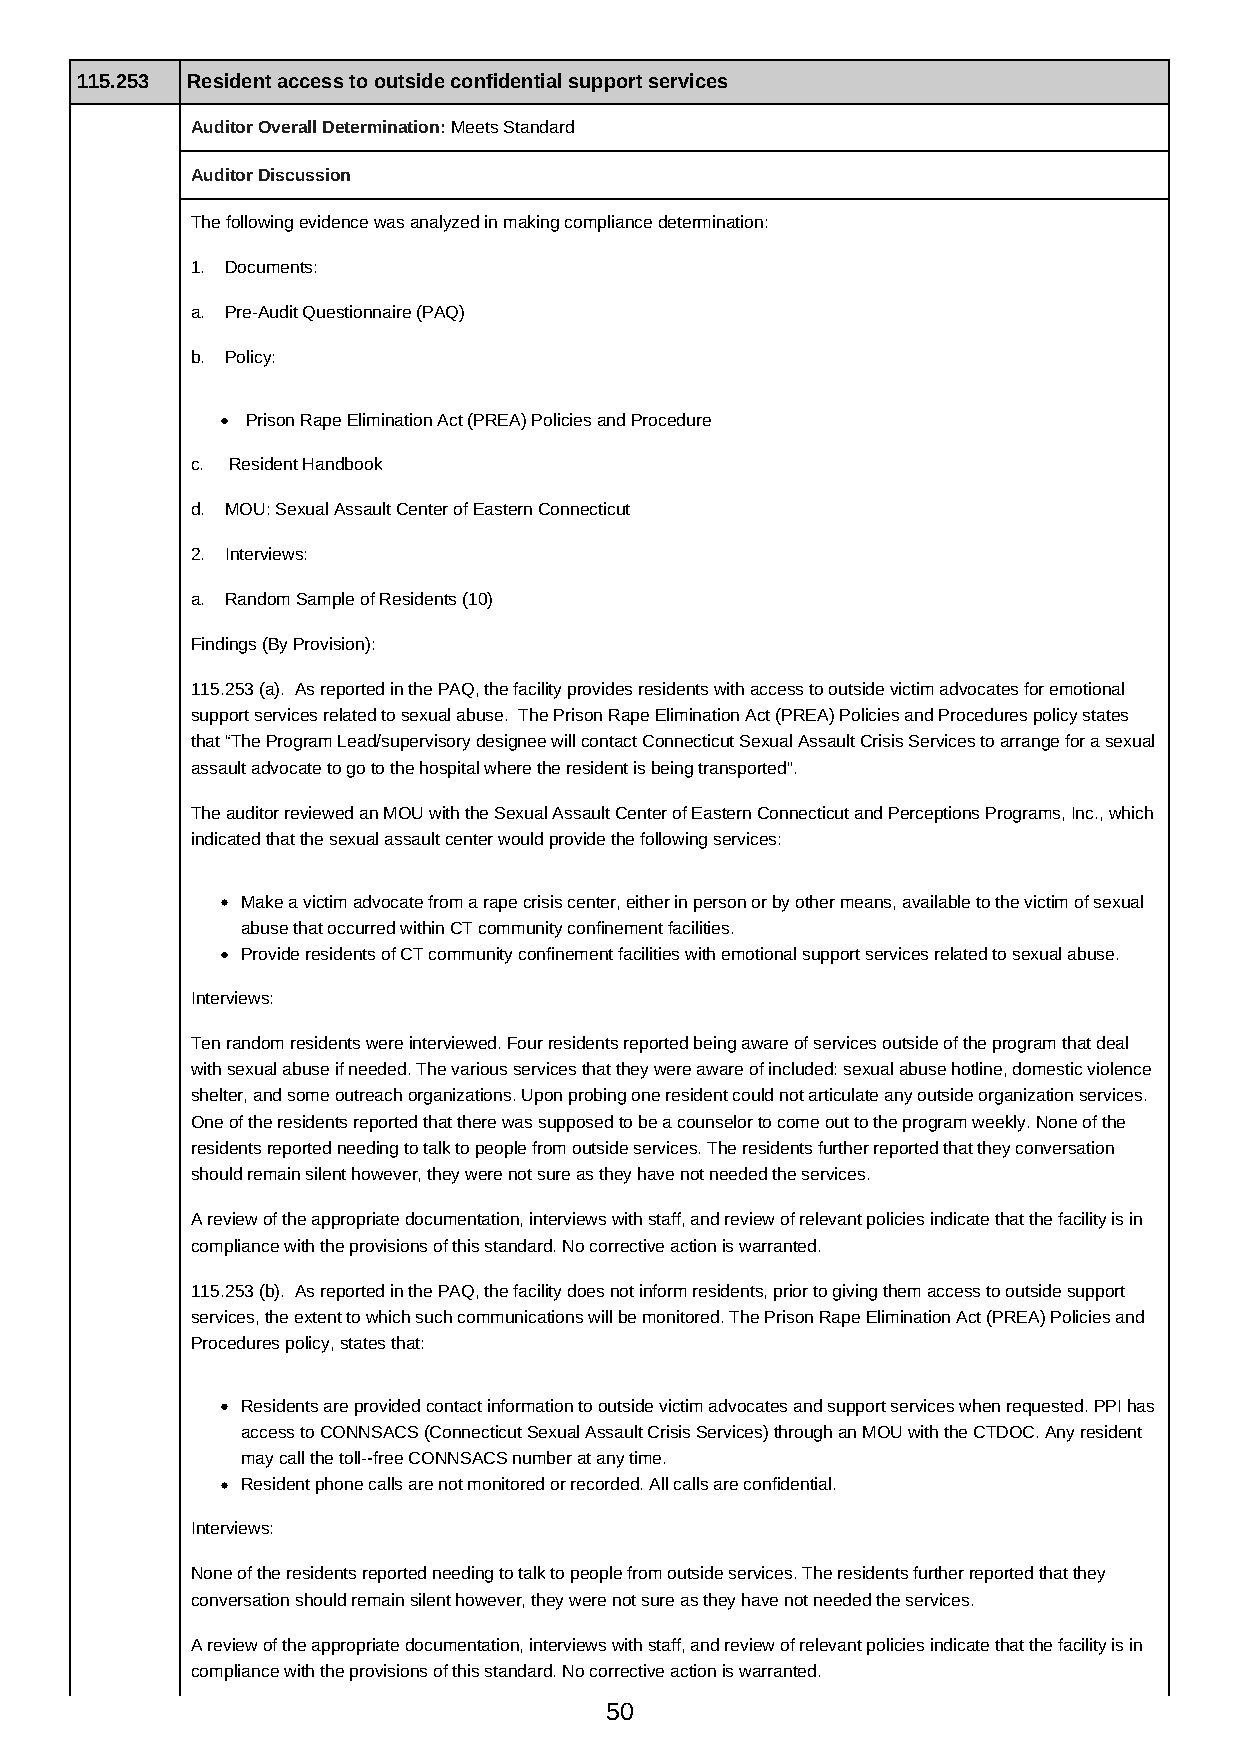
115.253 Resident access to outside confidential support services
 Auditor Overall Determination: Meets Standard
 Auditor Discussion
 The following evidence was analyzed in making compliance determination:
 1. Documents:
 a. Pre-Audit Questionnaire (PAQ)
 b. Policy:
 Prison Rape Elimination Act (PREA) Policies and Procedure
 c. Resident Handbook
 d. MOU: Sexual Assault Center of Eastern Connecticut
 2. Interviews:
 a. Random Sample of Residents (10)
 Findings (By Provision):
 115.253 (a). As reported in the PAQ, the facility provides residents with access to outside victim advocates for emotional
 support services related to sexual abuse. The Prison Rape Elimination Act (PREA) Policies and Procedures policy states
 that “The Program Lead/supervisory designee will contact Connecticut Sexual Assault Crisis Services to arrange for a sexual
 assault advocate to go to the hospital where the resident is being transported”.
 The auditor reviewed an MOU with the Sexual Assault Center of Eastern Connecticut and Perceptions Programs, Inc., which
 indicated that the sexual assault center would provide the following services:
 Make a victim advocate from a rape crisis center, either in person or by other means, available to the victim of sexual
 abuse that occurred within CT community confinement facilities.
 Provide residents of CT community confinement facilities with emotional support services related to sexual abuse.
 Interviews:
 Ten random residents were interviewed. Four residents reported being aware of services outside of the program that deal
 with sexual abuse if needed. The various services that they were aware of included: sexual abuse hotline, domestic violence
 shelter, and some outreach organizations. Upon probing one resident could not articulate any outside organization services.
 One of the residents reported that there was supposed to be a counselor to come out to the program weekly. None of the
 residents reported needing to talk to people from outside services. The residents further reported that they conversation
 should remain silent however, they were not sure as they have not needed the services.
 A review of the appropriate documentation, interviews with staff, and review of relevant policies indicate that the facility is in
 compliance with the provisions of this standard. No corrective action is warranted.
 115.253 (b). As reported in the PAQ, the facility does not inform residents, prior to giving them access to outside support
 services, the extent to which such communications will be monitored. The Prison Rape Elimination Act (PREA) Policies and
 Procedures policy, states that:
 Residents are provided contact information to outside victim advocates and support services when requested. PPI has
 access to CONNSACS (Connecticut Sexual Assault Crisis Services) through an MOU with the CTDOC. Any resident
 may call the toll-​‐free CONNSACS number at any time.
 Resident phone calls are not monitored or recorded. All calls are confidential.
 Interviews:
 None of the residents reported needing to talk to people from outside services. The residents further reported that they
 conversation should remain silent however, they were not sure as they have not needed the services.
 A review of the appropriate documentation, interviews with staff, and review of relevant policies indicate that the facility is in
 compliance with the provisions of this standard. No corrective action is warranted.
 50